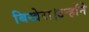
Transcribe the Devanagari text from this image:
बिखेरा।उन्होंने